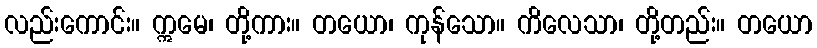
လည်းကောင်း။ ဣမေ၊ တို့ကား။ တယော၊ ကုန်သော။ ကိလေသာ၊ တို့တည်း။ တယော